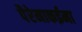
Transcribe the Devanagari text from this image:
पैरेनाकईमा